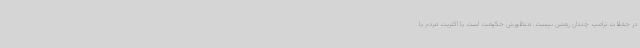
در جملات ترامپ چندان روشن نیست. منظورش حکومت است یا اکثریت مردم یا